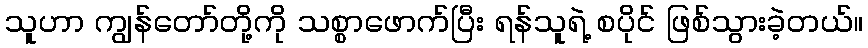
သူဟာ ကျွန်တော်တို့ကို သစ္စာဖောက်ပြီး ရန်သူရဲ့ စပိုင် ဖြစ်သွားခဲ့တယ်။